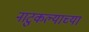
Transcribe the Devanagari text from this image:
नाटुकल्याच्या